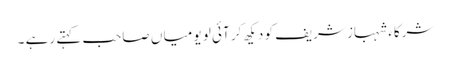
شرکاء شہباز شریف کو دیکھ کر آئی لو یو میا ں صاحب کہتے رہے ۔